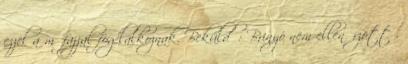
ezzel a műfajjal foglalkoznak. Beküldő: Brinyó nem ellenőrzött .